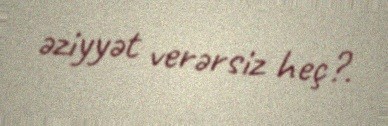
əziyyət verərsiz heç?.